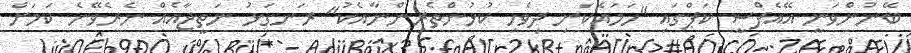
ބޭނުންވަނީ އޭއެފްސީ ކަޕްގައި "ހަމައެކަނި ދިވެހި ކުޅުންތެރިންނާއެކު" ރަނގަޅު ނަތީޖާއެއް ނެރެވޭނެ ކަމަށް